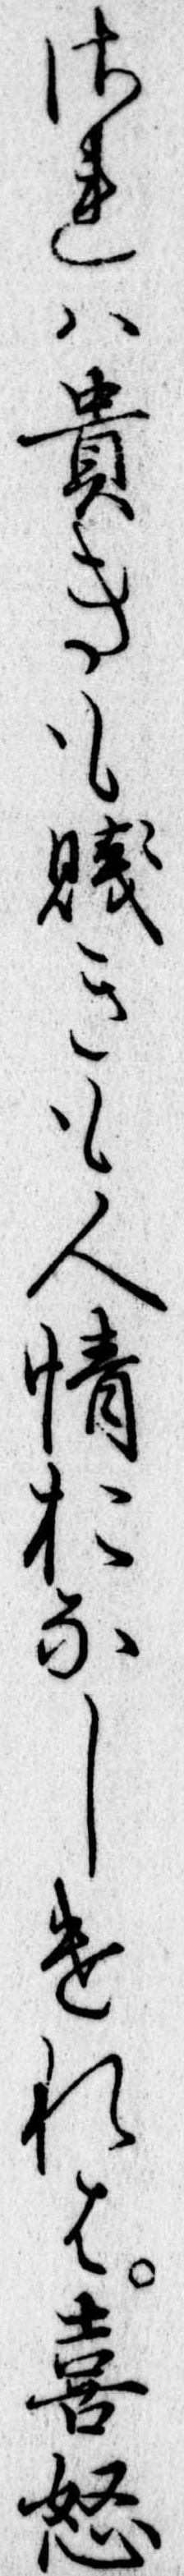
されは貴きも賎きも人情おなしけれは喜怒